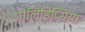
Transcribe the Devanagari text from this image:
पोलिडिप्सिया